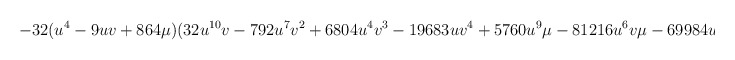
\begin{align*}-32(u^4 -9uv+864\mu )(32u^{10}v-792u^7 v^2 +6804u^4 v^3 - 19683uv^4 +5760u^9 \mu -81216u^6 v\mu -69984u^3 v^2 \mu\end{align*}